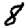
Digit: 8